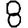
Digit: 8